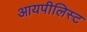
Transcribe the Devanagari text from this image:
आयपीलिस्ट